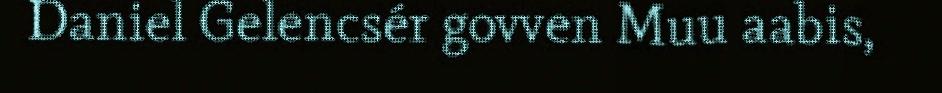
Daniel Gelencsér govven Muu aabis,